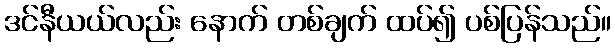
ဒင်နီယယ်လည်း နောက် တစ်ချက် ထပ်၍ ပစ်ပြန်သည်။